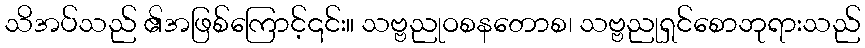
သိအပ်သည် ၏အဖြစ်ကြောင့်၎င်း။ သဗ္ဗညုဝစနတောစ၊ သဗ္ဗညုရှင်စောဘုရားသည်